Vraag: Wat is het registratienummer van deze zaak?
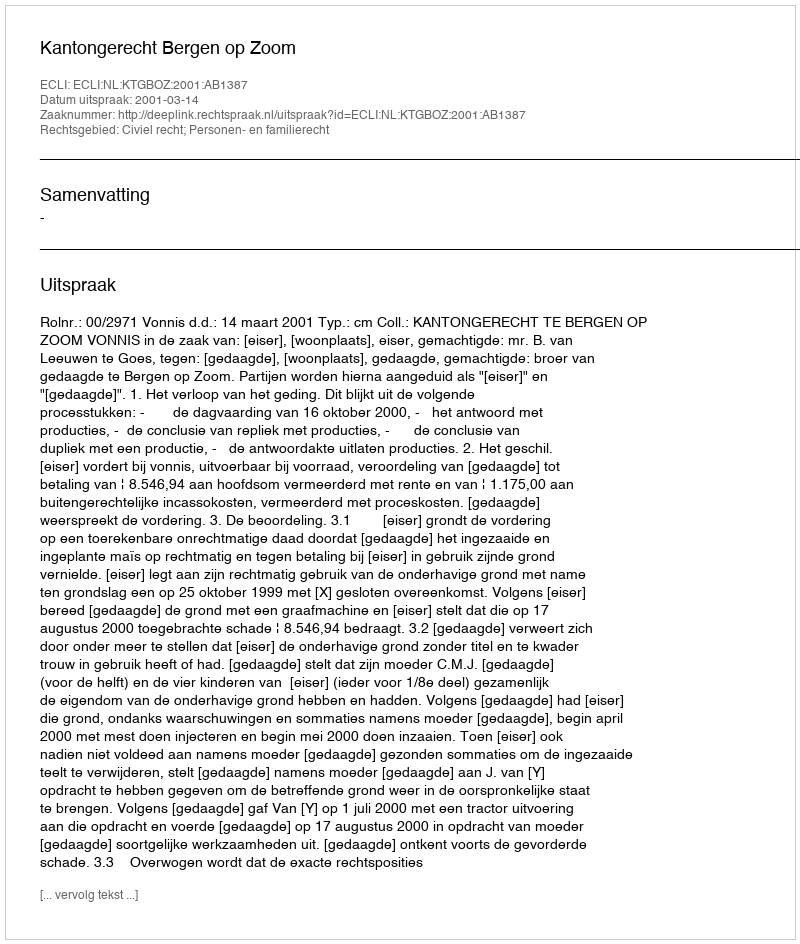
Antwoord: http://deeplink.rechtspraak.nl/uitspraak?id=ECLI:NL:KTGBOZ:2001:AB1387